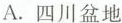
A.四川盆地